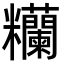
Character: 糷